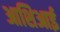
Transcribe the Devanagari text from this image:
आशिआई